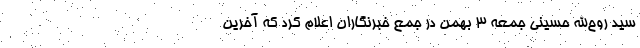
سید روح‌الله حسینی جمعه 3 بهمن در جمع خبرنگاران اعلام کرد که آخرین